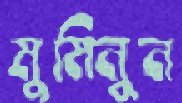
মুমিনুন